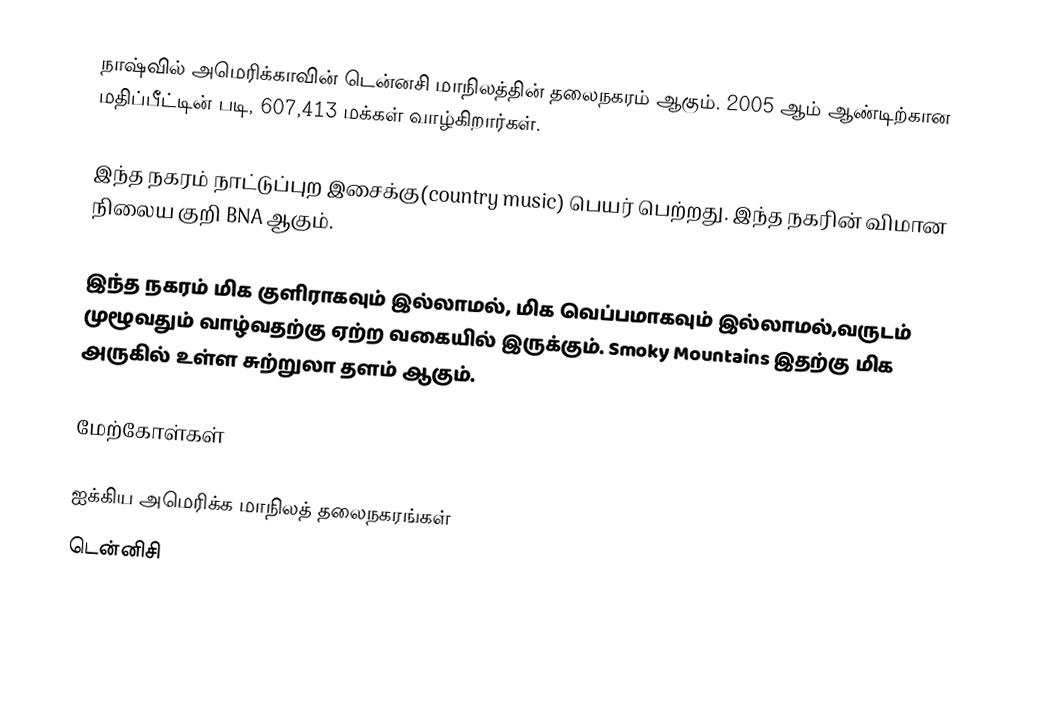
நாஷ்வில் அமெரிக்காவின் டென்னசி மாநிலத்தின் தலைநகரம் ஆகும். 2005 ஆம் ஆண்டிற்கான மதிப்பீட்டின் படி, 607,413 மக்கள் வாழ்கிறார்கள்.

இந்த நகரம் நாட்டுப்புற இசைக்கு(country music) பெயர் பெற்றது. இந்த நகரின் விமான நிலைய குறி BNA ஆகும்.

இந்த நகரம் மிக குளிராகவும் இல்லாமல், மிக வெப்பமாகவும் இல்லாமல்,வருடம் முழூவதும் வாழ்வதற்கு ஏற்ற வகையில் இருக்கும். Smoky Mountains இதற்கு மிக அருகில் உள்ள சுற்றுலா தளம் ஆகும்.

மேற்கோள்கள்

ஐக்கிய அமெரிக்க மாநிலத் தலைநகரங்கள்
டென்னிசி